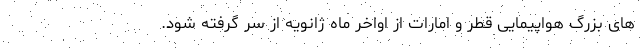
های بزرگ هواپیمایی قطر و امارات از اواخر ماه ژانویه از سر گرفته شود.